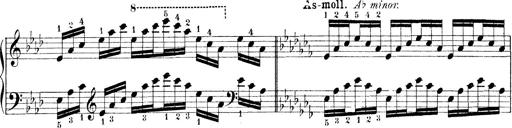
Title: Technische Studien
Composer: Franz Liszt